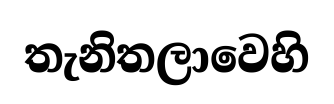
තැනිතලාවෙහි